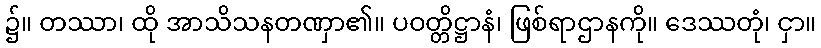
၌။ တဿာ၊ ထို အာသိသနတဏှာ၏။ ပဝတ္တိဋ္ဌာနံ၊ ဖြစ်ရာဌာနကို။ ဒေဿတုံ၊ ငှာ။